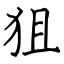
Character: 狙